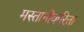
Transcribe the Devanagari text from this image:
मस्तानीकरिता